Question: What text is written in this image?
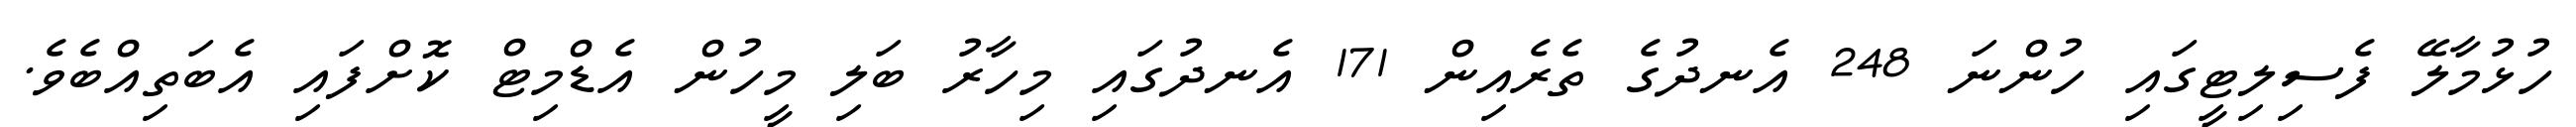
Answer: ހުޅުމާލޭ ފެސިލިޓީގައި ހުންނަ 248 އެނދުގެ ތެރެއިން 171 އެނދުގައި މިހާރު ބަލި މީހުން އެޑްމިޓް ކޮށްފައި އެބަތިއްބެވެ.